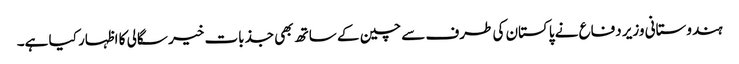
ہندوستانی وزیر دفاع نے پاکستان کی طرف سے چین کے ساتھ بھی جذبات خیر سگالی کا اظہار کیا ہے۔